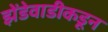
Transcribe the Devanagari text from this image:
झेंडेवाडीकडून